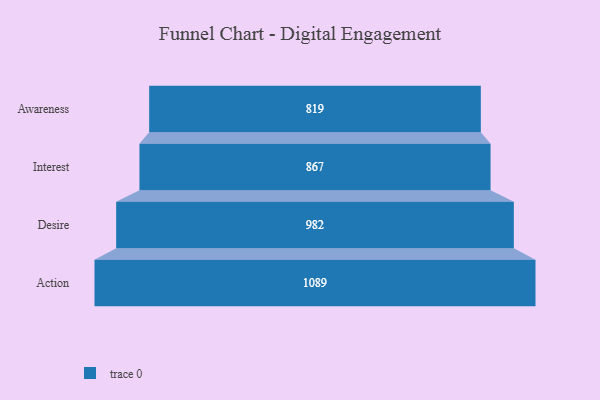
{"axis": {"x": "Stage", "y": "Value"}, "legend": [""], "data": [{"x": "Awareness", "y": 819.0, "type": ""}, {"x": "Interest", "y": 867.0, "type": ""}, {"x": "Desire", "y": 982.0, "type": ""}, {"x": "Action", "y": 1089.0, "type": ""}]}